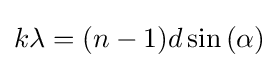
k\lambda =(n-1)d\sin {(\alpha )}